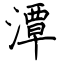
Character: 潭